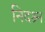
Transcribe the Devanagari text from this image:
निदश्र्न